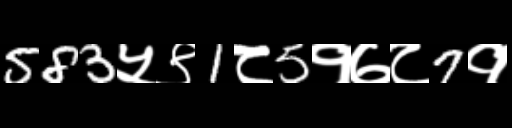
Text: 583५९1८5१७८7१